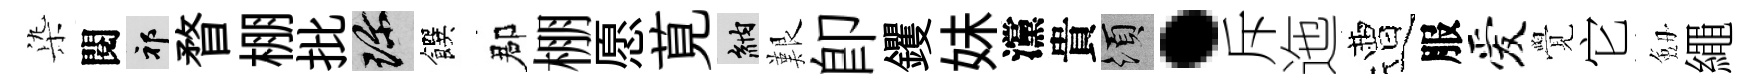
𣑱閱祁瞀棚批珍饌郡棚愿莧納艱卽钁妹灙貴須·斥迤遭服爱覺它劔繩